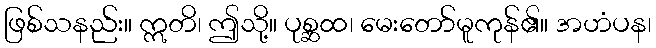
ဖြစ်သနည်း။ ဣတိ၊ ဤသို့။ ပုစ္ဆထ၊ မေးတော်မူကုန်၏။ အဟံပန၊